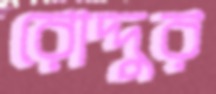
রোদ্দুর